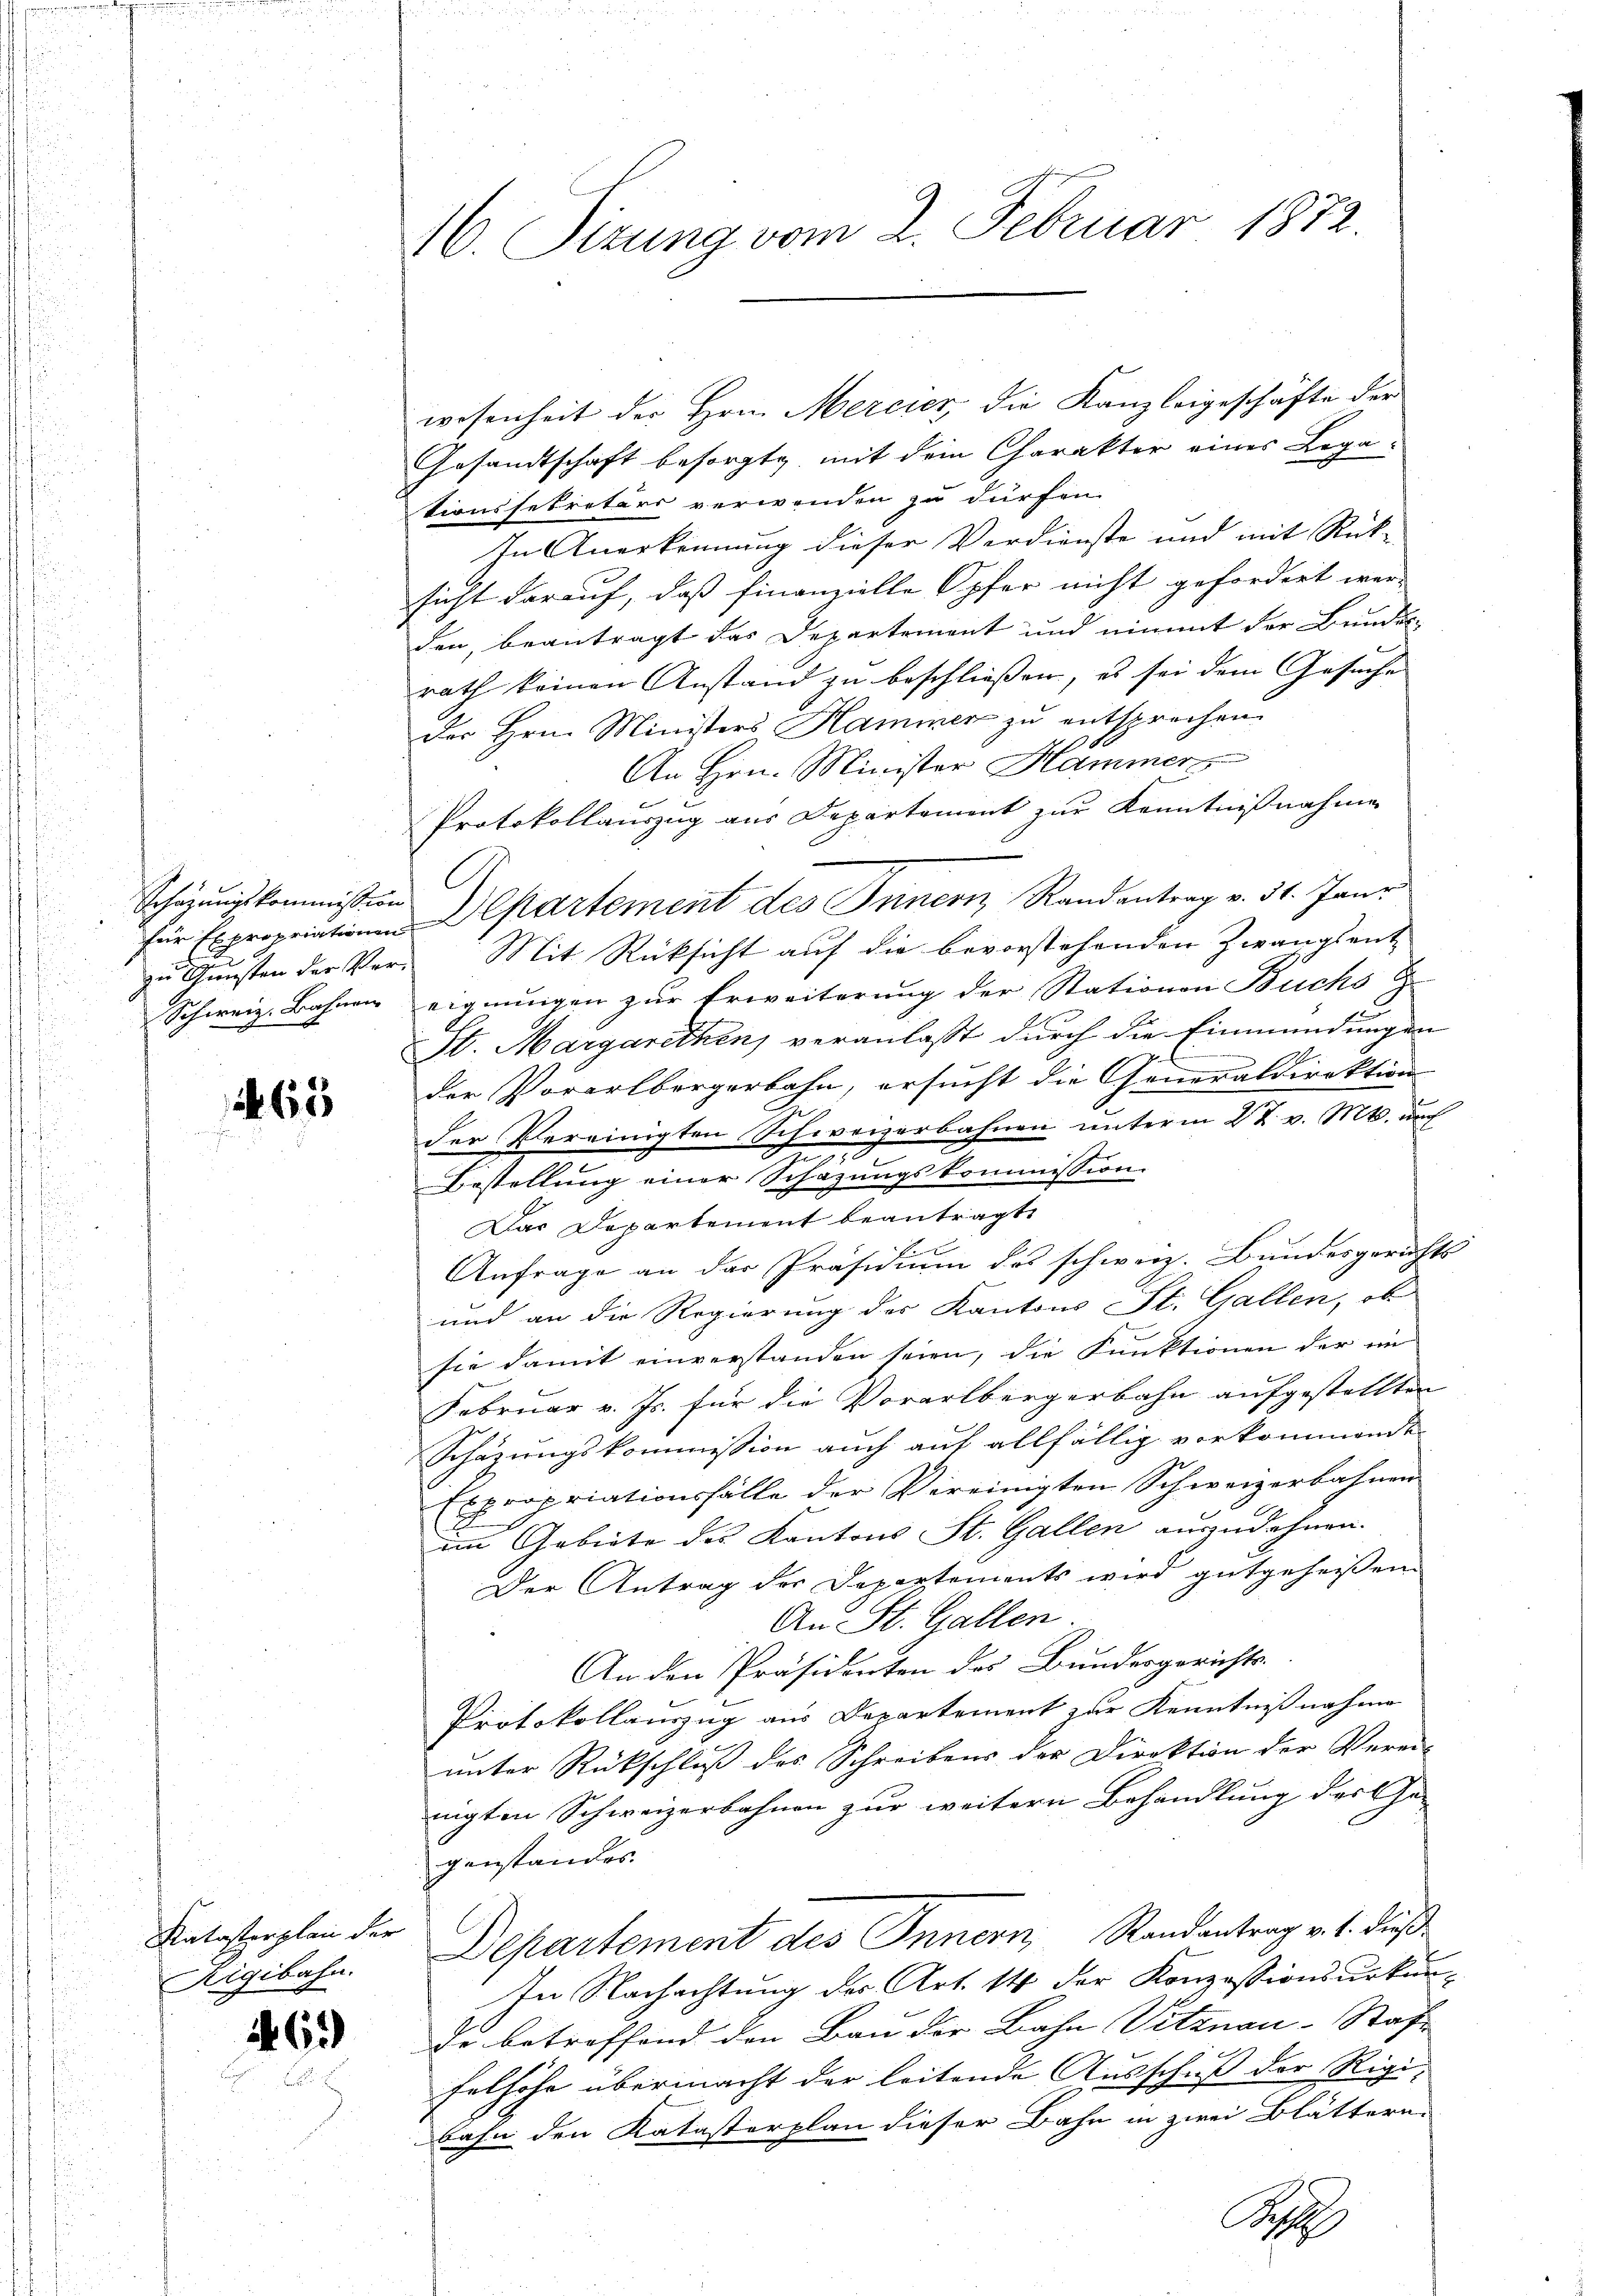
Schazungskommission
Schweiz. Bahnen

615

Ratasterplan der
Rigibahn.

463)

46. Sizung vom 2. Februar 1872.

wesenheit der Hrn. Mercier, die Kanzleigeschäfte der
Gesandtschaft besorgte, mit dem Charakter eines Lega
tionssekretärs verwenden zu dürfen.
In Anerkennung dieser Verdienste und mit Rücksicht darauf, daß finanzielle Opfer nicht gefordert wer-
den, beantragt das Departement und nimmt der Bundes-
rath keinen Anstand zu beschließen, es sei dem Gesuche
der Hrn. Ministers Hammer zu entsprechen.
An Hrn. Minister Hammer
Protokollauszug aus Departement zur Kenntnißnahme
C
für Expropriationen Departement des Innern Randantrag v. 31. Janr
zu Gunsten der Ver- Mit Rücksicht auf die bevorstehenden Zwangsent-
eignungen zur Erweiterung der Stationen Buchs
St. Margarethen, veranlaßt durch die Einmündungen
P
.
der Vorarlbergerbahn, ersucht die Generaldirektion
der Vereinigten Schweizerbahnen unterm 22. v. Mts. auch
e
e
Bestellung einer Schazungskommission.
Das Departement beantragt,
e
Anfrage an das Präsidium des schweiz. Bundesgerichts
und an die Regierung des Kantons St. Gallen, ob
sie damit einverstanden seien, die Funktionen der ein
Februar v. Js. für die Vorarlbergerbahn aufgestellten
Schazungskommission auch auf allfällig vorkommende
Expropriationsfälle der Vereinigten Schweizerbahnen
im Gebiete des Kantons St. Gallen auszudehnen.
Der Antrag der Departements wird gutgeheißen
An St. Gallen
An den Präsidenten des Bundesgerichts-
Protokollauszug aus Departement zur Kenntnißnahme
unter Rückschluß des Schreibens der Direktion der Verein-
nigten Schweizerbahnen zur weitern Behandlung der Ge-
genstandes.
Departement des Innern, Randantrag v. 4. dieß
In Nachachtung der Art. 14 der Konzessionsurkunde betroffend den Bau der Bahn Vitznau-Staf- |
felhöhe übermacht der leitende Ausschuß der Rigi-
bahn den Katasterplan dieser Bahn in zwei Blättern.
S